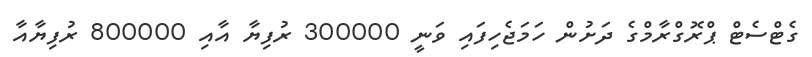
ގެޓްސެޓް ޕްރޮގްރާމްގެ ދަށުން ހަމަޖެހިފައި ވަނީ 300000 ރުފިޔާ އާއި 800000 ރުފިޔާއާ